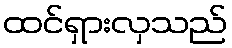
ထင်ရှားလှသည်